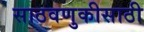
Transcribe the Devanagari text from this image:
साठवणुकीसाठी